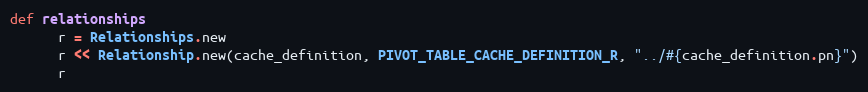
Language: Ruby
def relationships
      r = Relationships.new
      r << Relationship.new(cache_definition, PIVOT_TABLE_CACHE_DEFINITION_R, "../#{cache_definition.pn}")
      r